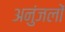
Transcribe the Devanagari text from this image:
अनुंजलों